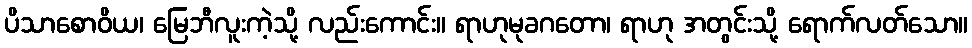
ပိသာစောဝိယ၊ မြေဘီလူးကဲ့သို့ လည်းကောင်း။ ရာဟုမုခဂတော၊ ရာဟု အတွင်းသို့ ရောက်လတ်သော။